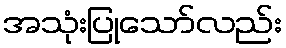
အသုံးပြုသော်လည်း